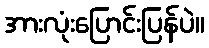
အားလုံးပြောင်းပြန်ပဲ။